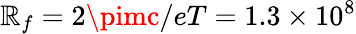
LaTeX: \mathbb{R}_{f}=2\pimc/eT=1.3\times10^{8}